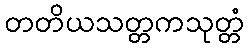
တတိယသတ္တကသုတ္တံ